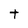
Character: t